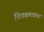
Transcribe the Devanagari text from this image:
चित्रबलाकचा